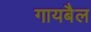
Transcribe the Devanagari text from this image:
गायबैल